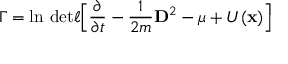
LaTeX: \Gamma = \ln \, \mathrm { d e t } \ell \Big \lbrack \frac { \partial } { \partial t } - \frac { 1 } { 2 m } { \bf D } ^ { 2 } - \mu + U ( { \bf x } ) \Big \rbrack